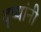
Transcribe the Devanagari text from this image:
दृष्यांनी